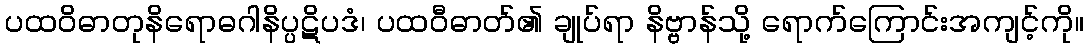
ပထဝိဓာတုနိရောဓဂါနိပ္ပဋိပဒံ၊ ပထဝီဓာတ်၏ ချုပ်ရာ နိဗ္ဗာန်သို့ ရောက်ကြောင်းအကျင့်ကို။